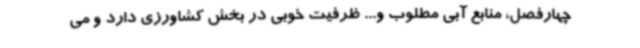
چهارفصل، منابع آبی مطلوب و... ظرفیت خوبی در بخش کشاورزی دارد و می